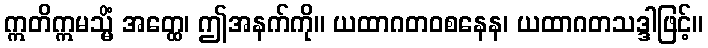
ဣတိဣမသ္မိံ အတ္ထေ၊ ဤအနက်ကို။ ယထာဂတဝစနေန၊ ယထာဂတသဒ္ဒါဖြင့်။